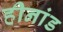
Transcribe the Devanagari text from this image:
हीनांड